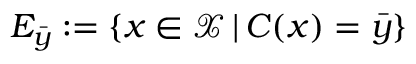
E _ { \bar { y } } : = \{ x \in \mathcal { X } \, | \, C ( x ) = \bar { y } \}